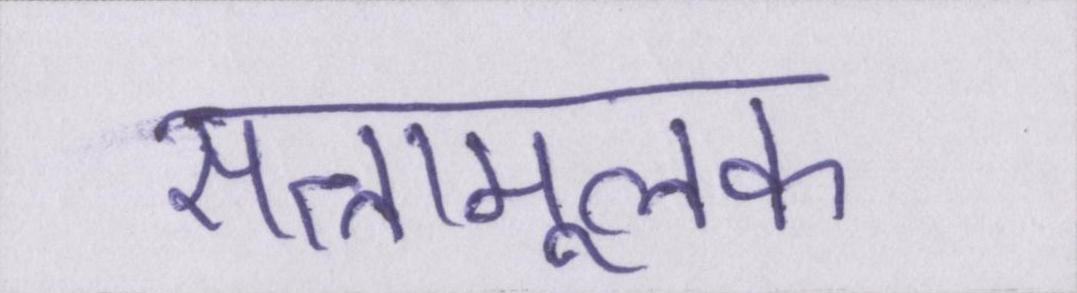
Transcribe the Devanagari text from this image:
सत्तामूलक